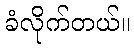
ခံလိုက်တယ်။